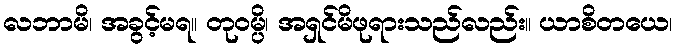
လဘာမိ၊ အခွင့်မရ။ တုဝမ္ပိ၊ အရှင်မိဖုရားသည်လည်း။ ယာစိတယေ၊